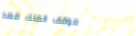
موقف الملك فهد